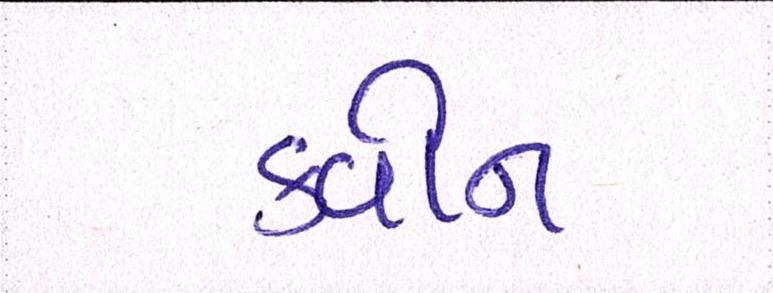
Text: ક્વીન